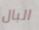
البال